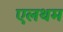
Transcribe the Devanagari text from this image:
एलथम